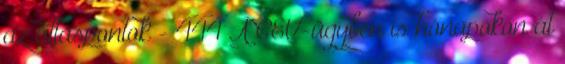
az álláspontok - 444 A CEU-ügyben is hónapokon át